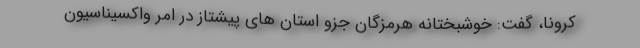
کرونا، گفت: خوشبختانه هرمزگان جزو استان های پیشتاز در امر واکسیناسیون